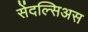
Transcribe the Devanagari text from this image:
सेंदल्सिअस